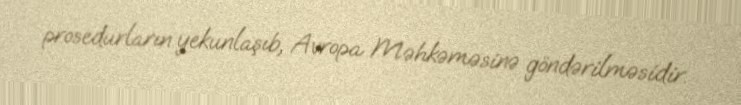
prosedurların yekunlaşıb, Avropa Məhkəməsinə göndərilməsidir.